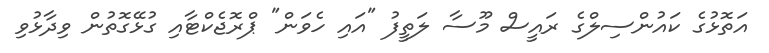
އަތޮޅުގެ ކައުންސިލްގެ ރައީސް މޫސާ ލަތީފު "އައި ހެވަން" ޕްރޮޖެކްޓާއި ގުޅޭގޮތުން ވިދާޅުވި